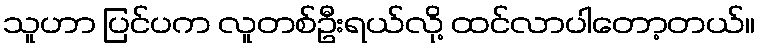
သူဟာ ပြင်ပက လူတစ်ဦးရယ်လို့ ထင်လာပါတော့တယ်။